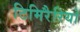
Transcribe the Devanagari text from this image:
टिमिरैरियो